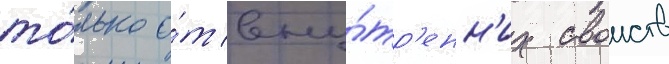
то́лько о́т вну́тр'енн'их своиств